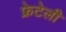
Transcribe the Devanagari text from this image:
फ्रेटेली